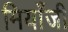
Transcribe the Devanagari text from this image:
मियाँजी